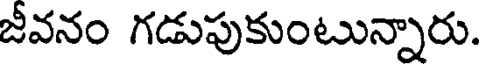
జీవనం గడుపుకుంటున్నారు.